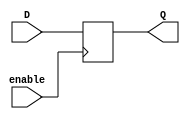
module TransparentLatch(
    input wire D,
    input wire enable,
    output reg Q
);

always @(posedge enable)
    if (enable)
        Q <= D;
    
endmodule